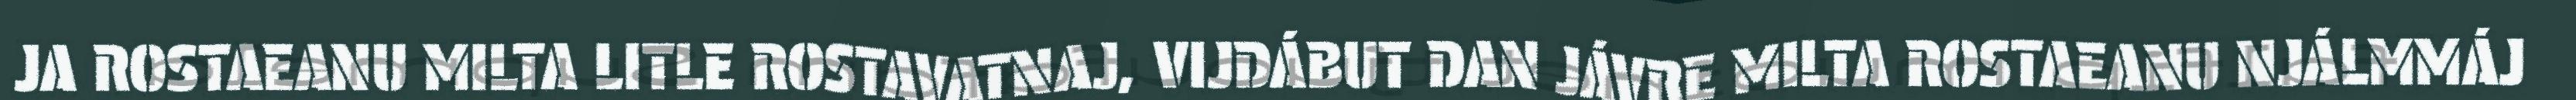
JA ROSTAEANU MILTA LITLE ROSTAVATNAJ, VIJDÁBUT DAN JÁVRE MILTA ROSTAEANU NJÁLMMÁJ